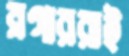
ব্লগাররাই